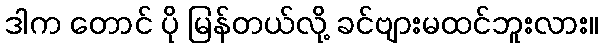
ဒါက တောင် ပို မြန်တယ်လို့ ခင်ဗျားမထင်ဘူးလား။